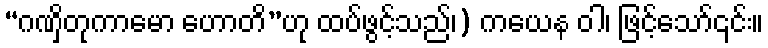
“ဂဏှိတုကာမော ဟောတိ”ဟု ထပ်ဖွင့်သည်၊) ကယေန ဝါ၊ ဖြင့်သော်၎င်း။